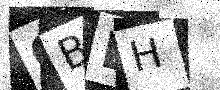
Text: QBDH